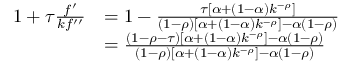
{ \begin{array} { r l } { 1 + \tau { \frac { f ^ { \prime } } { k f ^ { \prime \prime } } } } & { = 1 - { \frac { \tau [ \alpha + ( 1 - \alpha ) k ^ { - \rho } ] } { ( 1 - \rho ) [ \alpha + ( 1 - \alpha ) k ^ { - \rho } ] - \alpha ( 1 - \rho ) } } } \\ & { = { \frac { ( 1 - \rho - \tau ) [ \alpha + ( 1 - \alpha ) k ^ { - \rho } ] - \alpha ( 1 - \rho ) } { ( 1 - \rho ) [ \alpha + ( 1 - \alpha ) k ^ { - \rho } ] - \alpha ( 1 - \rho ) } } } \end{array} }